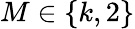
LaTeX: M\in\{ k,2\}